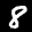
Label: 8